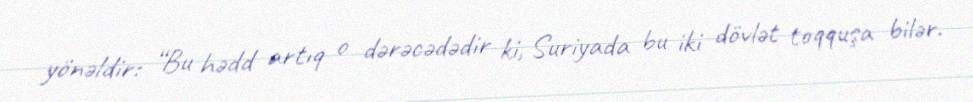
yönəldir: “Bu hədd artıq o dərəcədədir ki, Suriyada bu iki dövlət toqquşa bilər.